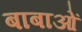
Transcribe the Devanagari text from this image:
बाबाओं